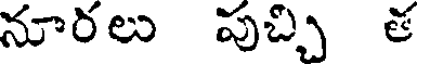
నూరలు పుచ్చి త